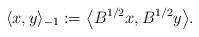
LaTeX: \begin{align*}\langle x,y\rangle_{-1} := \big\langle B^{1/2}x,B^{1/2}y\big\rangle.\end{align*}